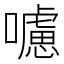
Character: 𡃖